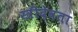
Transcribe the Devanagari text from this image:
स्त्रीदेवता